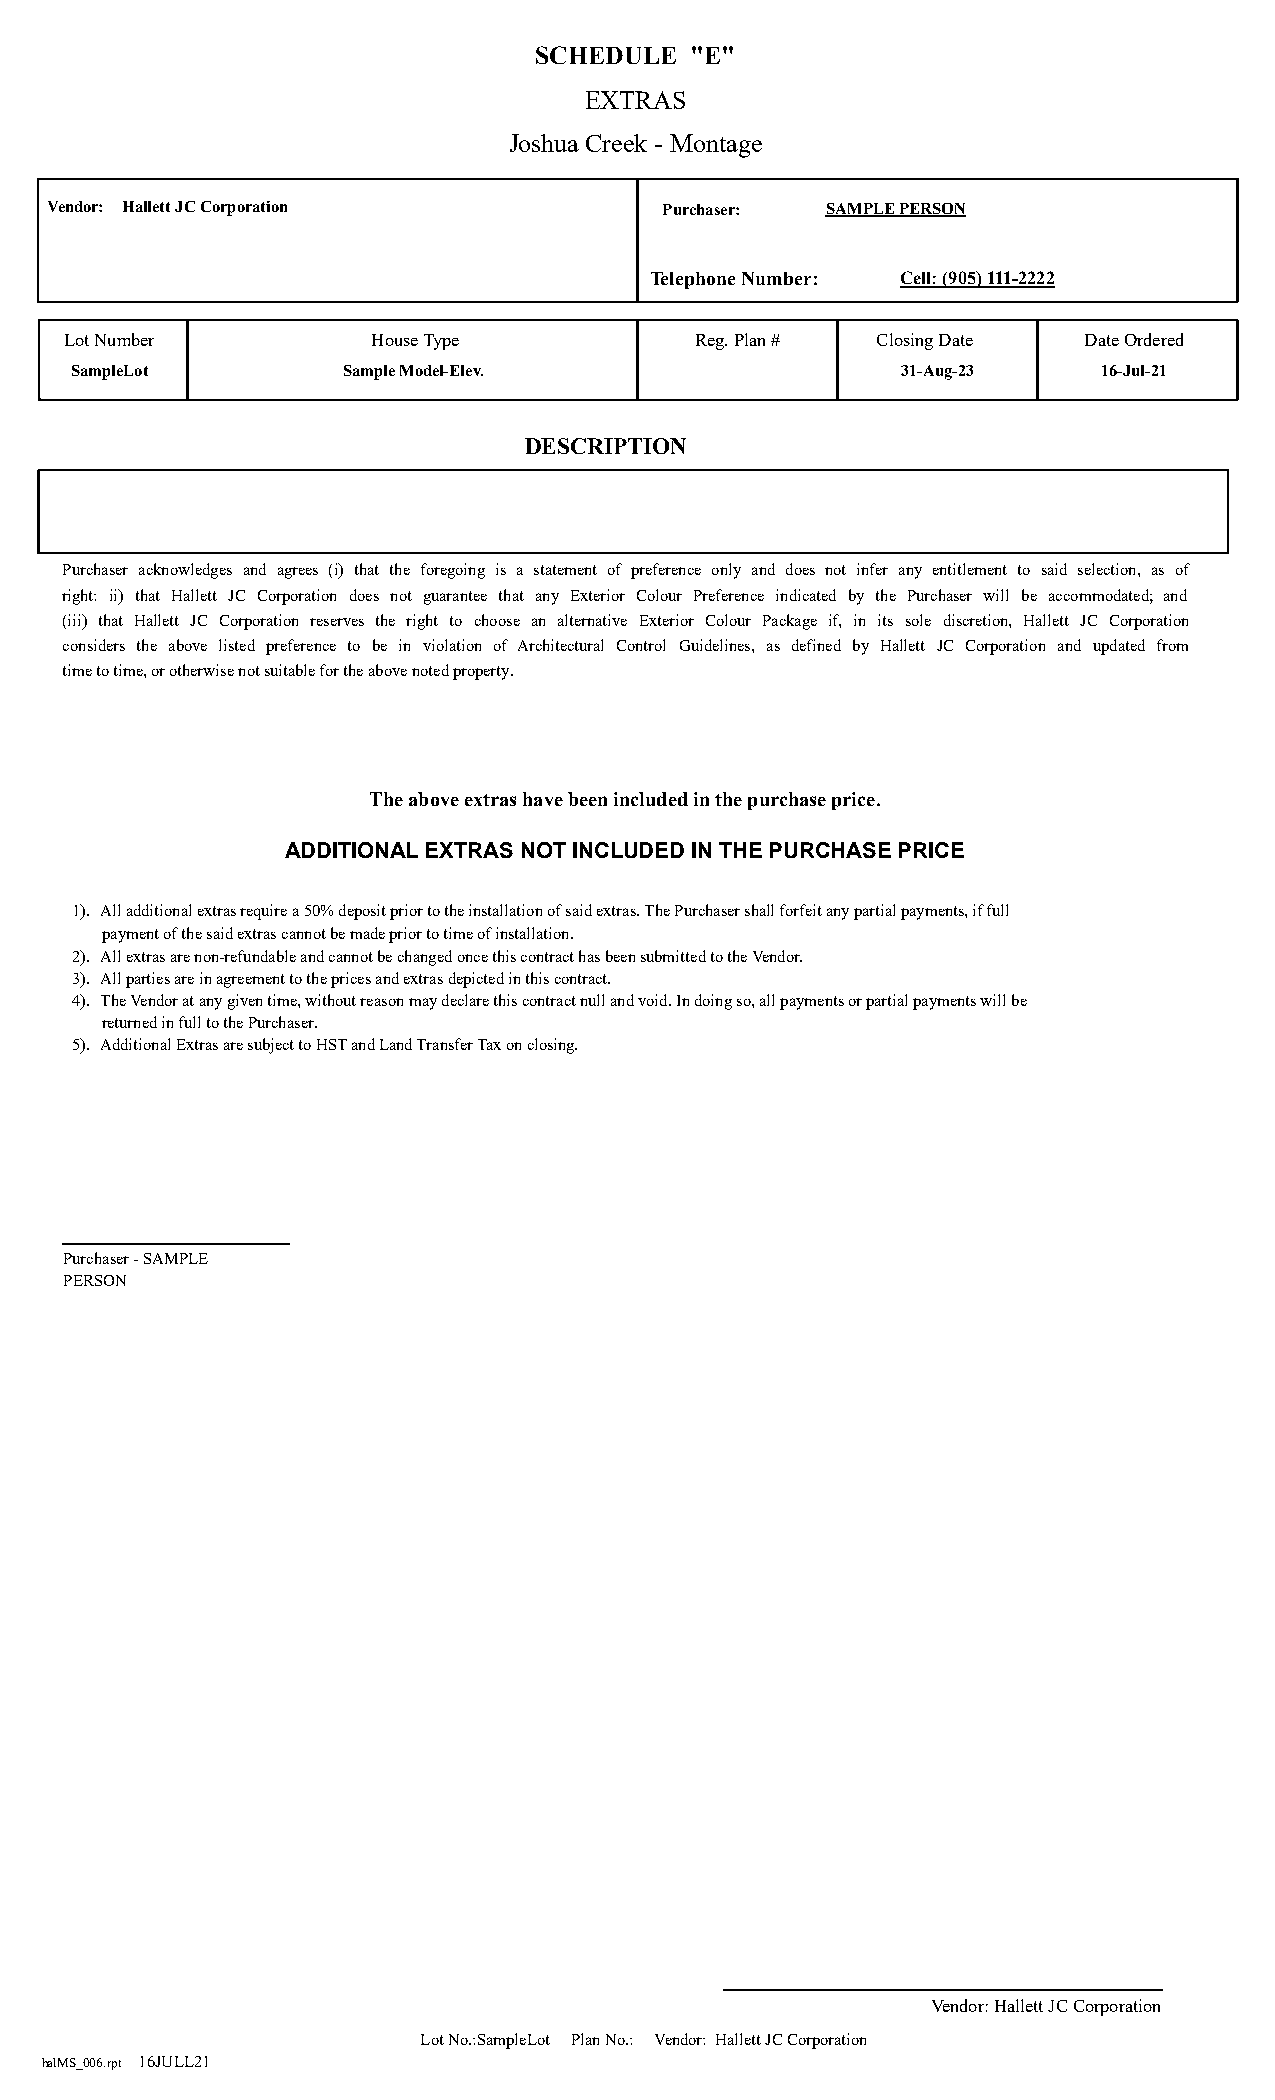
SCHEDULE   "E"
 EXTRAS
 Joshua Creek - Montage
 Vendor: Hallett JC Corporation           Purchaser: SAMPLE PERSON
 Telephone Number: Cell: (905) 111-2222
 Lot Number           House Type           Reg. Plan # Closing Date  Date Ordered
 SampleLot         Sample Model-Elev.                   31-Aug-23    16-Jul-21
 DESCRIPTION
 Purchaser acknowledges and agrees (i) that the foregoing is a statement of preference only and does not infer any entitlement to said selection, as of
 right: ii) that Hallett JC Corporation does not guarantee that any Exterior Colour Preference indicated by the Purchaser will be accommodated; and
 (iii) that Hallett JC Corporation reserves the right to choose an alternative Exterior Colour Package if, in its sole discretion, Hallett JC Corporation
 considers the above listed preference to be in violation of Architectural Control Guidelines, as defined by Hallett JC Corporation and updated from
 time to time, or otherwise not suitable for the above noted property.
 The above extras have been included in the purchase price.
 ADDITIONAL EXTRAS NOT INCLUDED IN THE PURCHASE PRICE
 1). All additional extras require a 50% deposit prior to the installation of said extras. The Purchaser shall forfeit any partial payments, if full
 payment of the said extras cannot be made prior to time of installation.
 2). All extras are non-refundable and cannot be changed once this contract has been submitted to the Vendor.
 3). All parties are in agreement to the prices and extras depicted in this contract.
 4). The Vendor at any given time, without reason may declare this contract null and void. In doing so, all payments or partial payments will be
 returned in full to the Purchaser.
 5). Additional Extras are subject to HST and Land Transfer Tax on closing.
 BSTPurchaserSig1 BSTPurchaserSig3 BSTPurchaserSig2    BSTPurchaserSig4
 Purchaser - SAMPLE
 PERSON
 BSTVendorSig
 Vendor: Hallett JC Corporation
 Lot No.:SampleLot Plan No.: Vendor: Hallett JC Corporation
 halMS_006.rpt 16JULL21